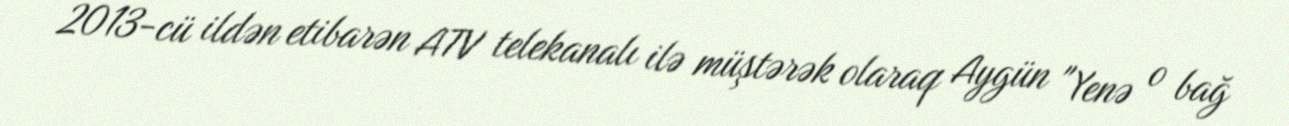
2013-cü ildən etibarən ATV telekanalı ilə müştərək olaraq Aygün "Yenə o bağ